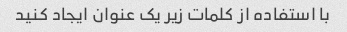
با استفاده از کلمات زیر یک عنوان ایجاد کنید